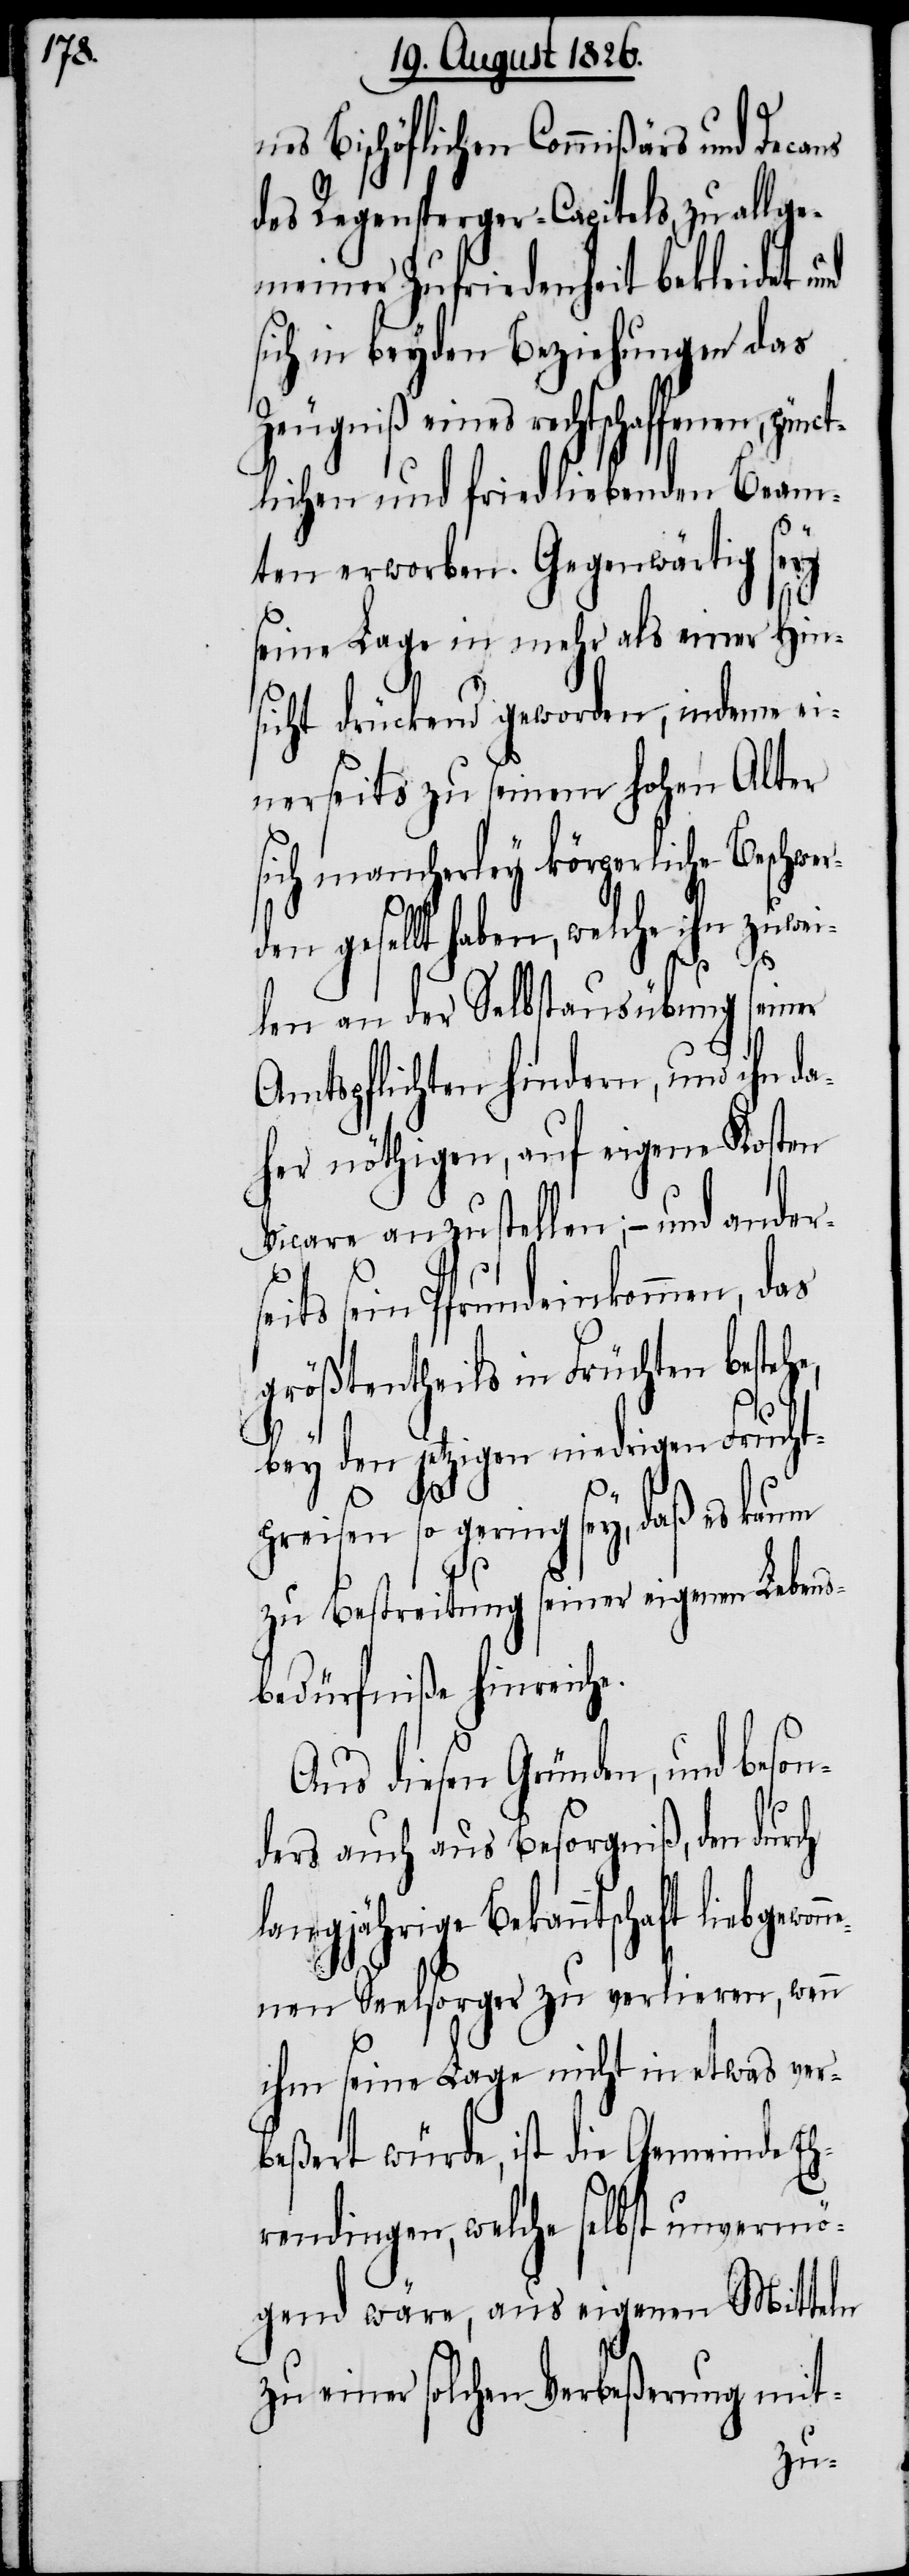
nes Bischöflichen Commißärs und Deca¬
des Regensperger-Capitels, zu allge¬
meiner Zufriedenheit bekleidet
sich in beyden Beziehungen das
Zeugniß eines rechtschaffenen,
tlichen und friedliebenden Beam¬
prei¬
ten erworben. Gegenwärtig sey
seine Lage in mehr als einer Hin¬
sicht drückend geworden, indem ei¬
nerseits zu seinem hohen Alter
sich mancherley körperliche Beschwer¬
den gesellt haben, welche ihn zuwei¬
len an der Selbstausübung seiner
Amtspflichten hindern, und ihn da¬
her nöthigen, auf eigene Kosten
Vicare anzustellen; – und ander¬
its sein Pfrundeinkommen, das
größtentheils in Früchten besteh¬
bey den jetzigen niedrigen Frucht¬
sen so gering sey, daß es
zu Bestreitung seiner eigenen Lebens¬
bedürfniße hinreiche.
Aus diesen Gründen, und beson¬
ders auch aus Besorgniß, den durch
langjährige Bekanntschaft liebgewon¬
nenen Seelsorger zu verlieren, wenn
ihm seine Lage nicht in etwas ver¬
beßert würde, ist die Gemeinde Eh¬
rendingen, welche selbst unvermö¬
gend wäre, aus eigenen Mitteln
zu einer solchen Verbeßerung mit-